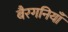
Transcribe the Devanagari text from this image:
बैरगनियाँ